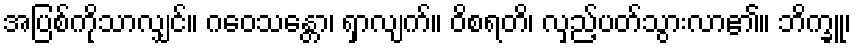
အပြစ်ကိုသာလျှင်။ ဂဝေသန္တော၊ ရှာလျက်။ ဝိစရတိ၊ လှည့်ပတ်သွားလာ၏။ ဘိက္ခူ၊